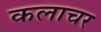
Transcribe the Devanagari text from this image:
कलाचर